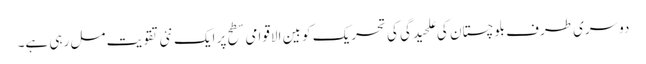
دوسری طرف بلوچستان کی علحیدگی کی تحریک کو بین الاقوامی سطح پر ایک نئی تقویت مل رہی ہے۔